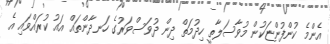
އެންމެ ކުންފުންޏަކުން މުވާސަލާތީ ހިދުމަތް ދިން ދުވަސްވަރުގެ ހަނދާންތައް އައު ކުރައްވައި އެ